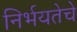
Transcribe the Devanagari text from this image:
निर्भयतेचे